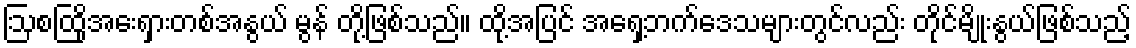
ဩစထြိုအေးရှားတစ်အနွယ် မွန် တို့ဖြစ်သည်။ ထို့အပြင် အရှေ့ဘက်ဒေသများတွင်လည်း တိုင်မျိုးနွယ်ဖြစ်သည့်